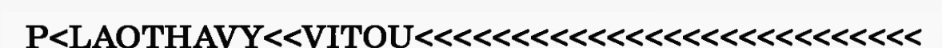
P<LAOTHAVY<<VITOU<<<<<<<<<<<<<<<<<<<<<<<<<<<